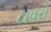
ટાવરો